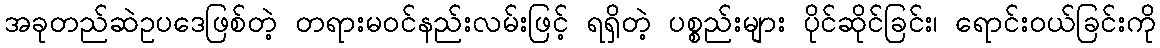
အခုတည်ဆဲဥပဒေဖြစ်တဲ့ တရားမဝင်နည်းလမ်းဖြင့် ရရှိတဲ့ ပစ္စည်းများ ပိုင်ဆိုင်ခြင်း၊ ရောင်းဝယ်ခြင်းကို